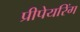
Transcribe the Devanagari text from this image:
प्रीपेयरिंग